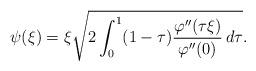
LaTeX: \begin{align*} \psi ( \xi ) = \xi \sqrt { 2 \int _ 0 ^ 1 ( 1 - \tau ) \frac { \varphi '' ( \tau \xi ) } { \varphi '' ( 0 ) } \, d \tau } .\end{align*}